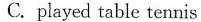
C.played table tennis